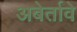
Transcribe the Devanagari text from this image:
अबेर्तावे